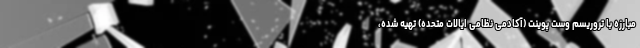
مبارزه با تروریسم وست پوینت (آکادمی نظامی ایالات متحده) تهیه شده،